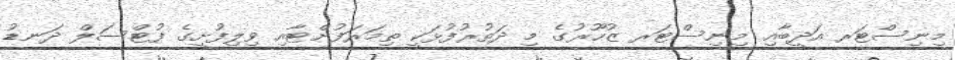
މިނިސްޓަރ އަދީބާއި މިނިސްޓަރ ޒުހޫރުގެ މި ދަތުރުފުޅަކީ ތިމަރަފުށްޓާއި ވިލިފުށީގެ ފުޓްސަލް ދަނޑު